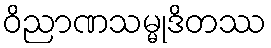
ဝိညာဏသမ္မုဒိတဿ